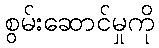
စွမ်းဆောင်မှုကို